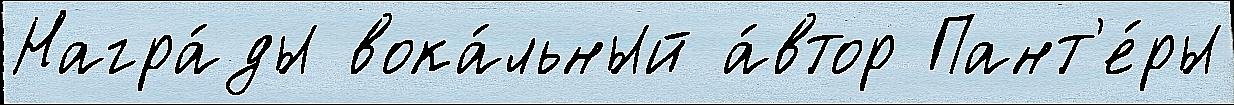
Награ́ды вока́льный а́втор Пант'е́ры